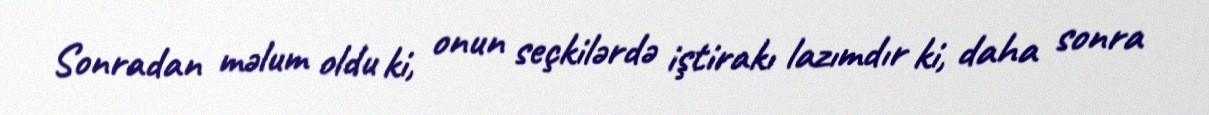
Sonradan məlum oldu ki, onun seçkilərdə iştirakı lazımdır ki, daha sonra